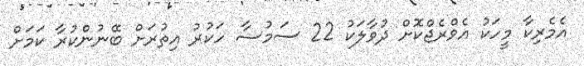
އެމެރިކާ މީހަކު އެވްރެޖްކޮށް ދުވާލަކު 22 ސަމުސާ ހަކުރު އިތުރަށް ބޭނުންކުރާ ކަމަށް